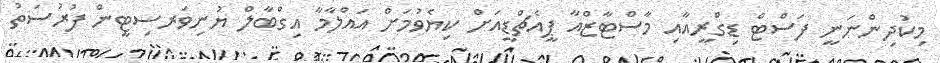
މިކުދިންނަނީ ފަސްޓް ޑިގްރީއާއި މާސްޓާޒްއާ ޕީއެޗްޑީއަށް ކިޔެވުމަށް އައްލާމާ އިގްބާލް ޔުނިވަރސިޓީން ފުރުސަތު